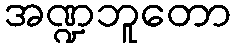
အဏ္ဍဘူတော